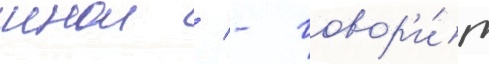
инои / - говор'и́т